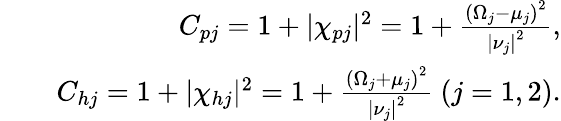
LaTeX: \begin{array}{rlr}&{}&{C_{pj}=1+\vert\chi_{pj}\vert^{2}=1+\frac{\left(\Omega_{j}-\mu_{j}\right)^{2}}{{\vert\nu_{j}\vert}^{2}},}\\ &{}&{C_{hj}=1+\vert\chi_{hj}\vert^{2}=1+\frac{\left(\Omega_{j}+\mu_{j}\right)^{2}}{{\vert\nu_{j}\vert}^{2}}~(j=1,2).}\end{array}